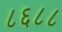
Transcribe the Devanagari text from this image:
८६८८